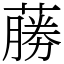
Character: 蕂